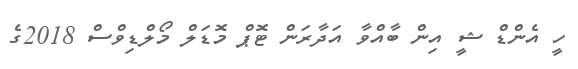
ހީ އެންޑް ޝީ އިން ބާއްވާ އަދާރަން ޓޮޕް މޮޑަލް މޯލްޑިވްސް 2018ގެ